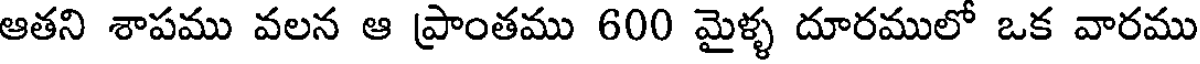
ఆతని శాపము వలన ఆ ప్రాంతము 600 మైళ్ళ దూరములో ఒక వారము